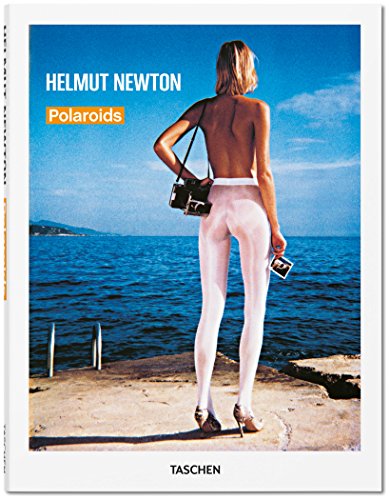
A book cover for Helmut Newton: Polaroids; Humor & Entertainment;